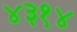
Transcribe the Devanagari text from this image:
४३१४